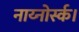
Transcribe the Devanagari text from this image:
नाय्नोर्स्क।